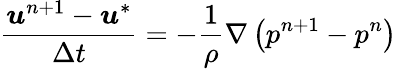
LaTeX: \frac{\boldsymbol{u}^{n+1}-\boldsymbol{u}^{*}}{\Delta t}=-\frac{1}{\rho}\nabla\left(p^{n+1}-p^{n}\right)